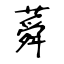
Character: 蕣